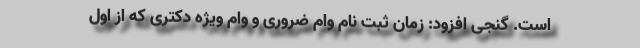
است. گنجی افزود: زمان ثبت نام وام ضروری و وام ویژه دکتری که از اول